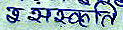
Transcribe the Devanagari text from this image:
अस्कृति